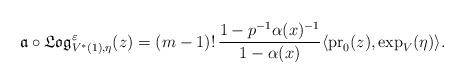
LaTeX: \begin{align*}\frak{a}\circ \frak{Log}^{\varepsilon}_{V^*(1),\eta}(z)=(m-1)! \, \frac{1-p^{-1}\alpha (x)^{-1}}{1-\alpha (x)} \langle\mathrm{pr}_0(z),\exp_{V}(\eta)\rangle.\end{align*}